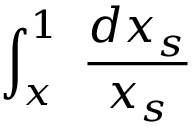
\int _ { x } ^ { 1 } \; \frac { d x _ { s } } { x _ { s } }